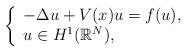
LaTeX: \begin{align*}\left\{\begin{array}[c]{l}-\Delta u+V(x)u=f(u),\\u\in{H}^{1}(\mathbb{R}^{N}),\end{array}\right. \end{align*}